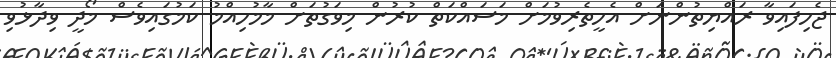
ޖެހިފައިވާ ރައްޔިތުންނަށް އެހީތެރިވުމަށް މަސައްކަތް ކުރުން މިވަގުތަށް މާމުހިއްމު ކަމުގައިވެސް މޯދީ ވިދާޅުވި